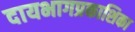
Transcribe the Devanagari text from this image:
दायभागप्रकाशिका